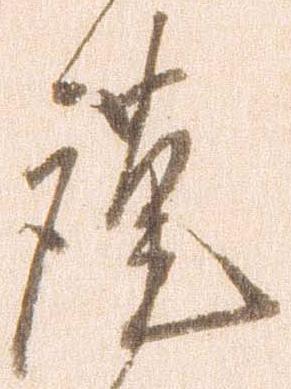
謹